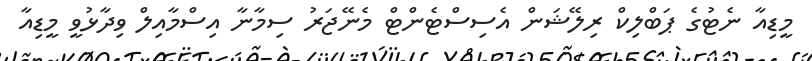
މީޑިއާ ނެޓުގެ ޕަބްލިކް ރިލޭޝަން އެސިސްޓެންޓް މެނޭޖަރު ސިމާނާ އިސްމާއިލް ވިދާޅުވީ މީޑިއާ